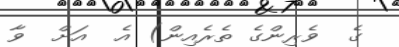
ގެ  ވެރިންގެ ތެރެއިން) އެ  އަށް  ވާ